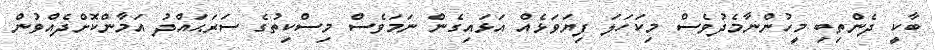
ބާކީ ދެންތިބި މީހުންނާމެދުވެސް މިކަހަލަ ފިޔަވަޅެއް އަޅައިގެން ނަމަވެސް މިސްކިތުގެ ސަރަޙައްދު އަމާންކޮށްދެއްވުން